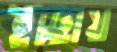
ইচ্ছায়